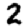
Digit: 2